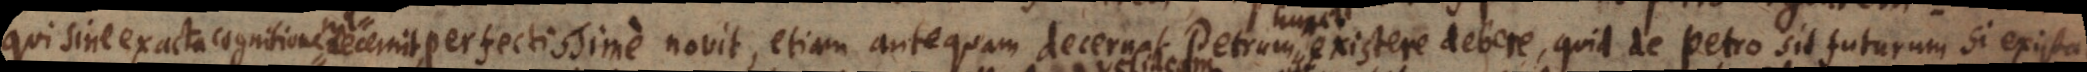
us perfectissime novit, etiam antequam decernat Petrum existere debere, quid de Petro sit futurum si existat